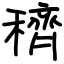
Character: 穧